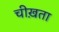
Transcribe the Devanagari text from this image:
चीख़ता